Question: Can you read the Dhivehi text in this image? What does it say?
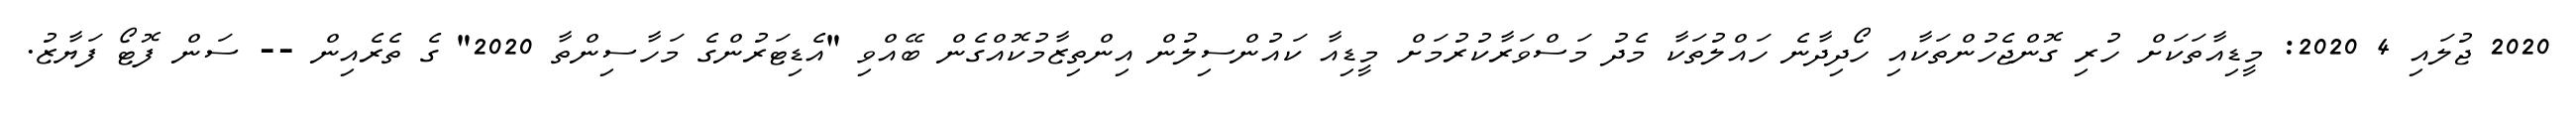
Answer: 2020 ޖުލައި 4 2020: މީޑިއާތަކަށް ހުރި ގޮންޖެހުންތަކާއި ހޯދިދާނެ ހައްލުތަކާ މެދު މަސްވަރާކުރުމަށް މީޑިއާ ކައުންސިލުން އިންތިޒާމުކޮއްގެން ބޭއްވި "އެޑިޓަރުންގެ މަހާސިންތާ 2020" ގެ ތެރެއިން -- ސަން ފޮޓޯ ފަޔާޒު.